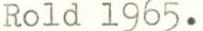
Rold 1965.